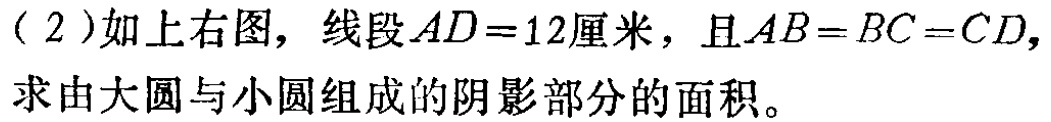
（2）如上右图，线段\(AD = 12\)厘米，且\(AB = BC = CD\)，求由大圆与小圆组成的阴影部分的面积。